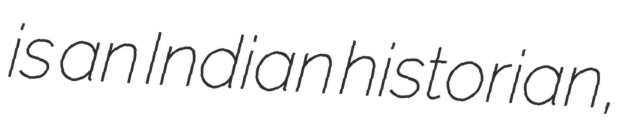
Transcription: is an Indian historian,